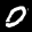
Label: 0